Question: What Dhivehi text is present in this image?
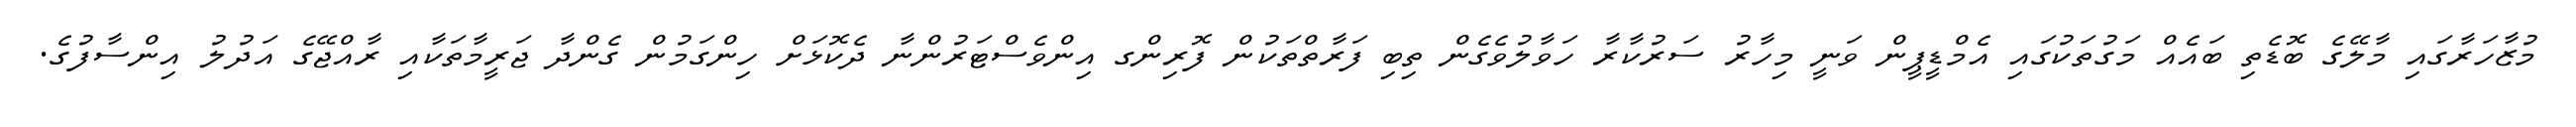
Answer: މުޒާހަރާގައި މާލޭގެ ބޮޑެތި ބައެއް މަގުތަކުގައި އެމްޑީޕީން ވަނީ މިހާރު ސަރުކާރާ ހަވާލުވެގެން ތިބި ފަރާތްތަކުން ފޮރިންގ އިންވެސްޓަރުންނާ ދެކޮޅަށް ހިންގަމުން ގެންދާ ޖަރީމާތަކާއި ރާއްޖޭގެ އަދުލު އިންސާފުގެ.